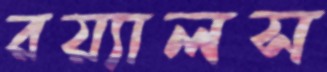
রয়্যালস